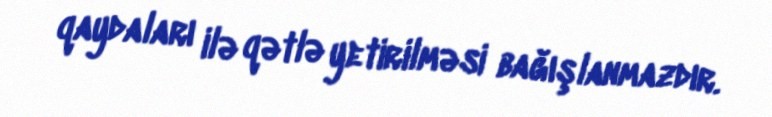
qaydaları ilə qətlə yetirilməsi bağışlanmazdır.